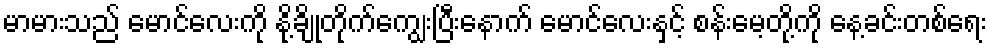
မာမားသည် မောင်လေးကို နို့ချိုတိုက်ကျွေးပြီးနောက် မောင်လေးနှင့် စန်းမေ့တို့ကို နေ့ခင်းတစ်ရေး